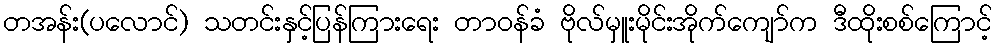
တအန်း(ပလောင်) သတင်းနှင့်ပြန်ကြားရေး တာဝန်ခံ ဗိုလ်မှူးမိုင်းအိုက်ကျော်က ဒီထိုးစစ်ကြောင့်